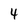
Character: 4